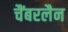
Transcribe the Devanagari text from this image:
चैंबरलैन